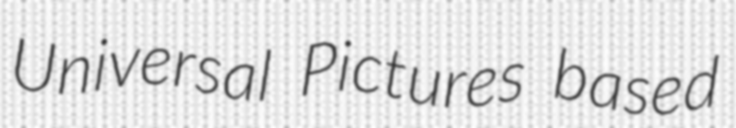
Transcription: Universal Pictures based